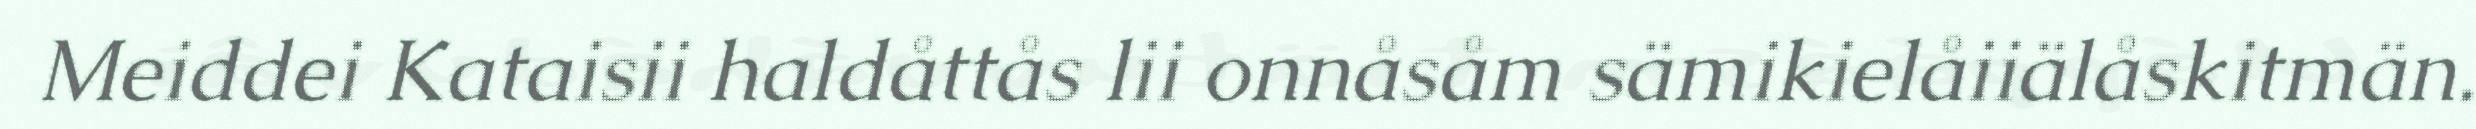
Meiddei Kataisii haldåttås lii onnåsåm sämikielåiiälåskitmän.